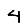
Digit: 4